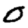
Digit: 0